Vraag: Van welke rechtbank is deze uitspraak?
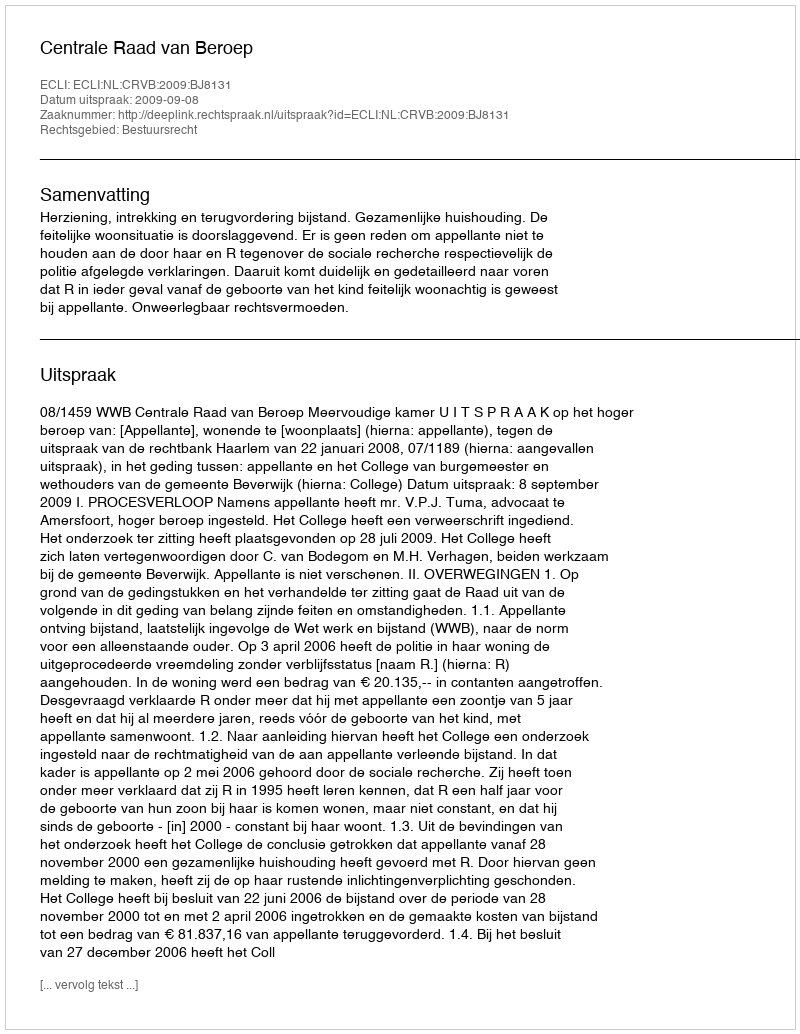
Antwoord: Centrale Raad van Beroep